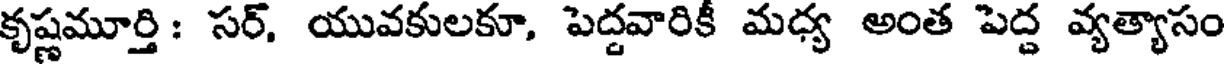
కృష్ణమూర్తి : సర్. యువకులకూ, పెద్దవారికీ మధ్య అంత పెద్ద వ్యత్యాసం